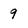
Character: 9